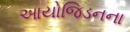
આયોજિડનના